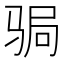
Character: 𩧺